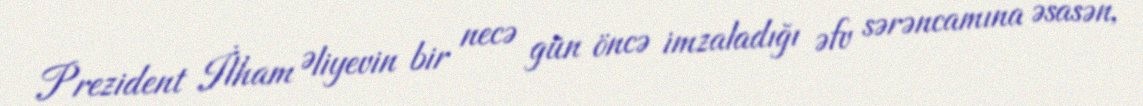
Prezident İlham Əliyevin bir necə gün öncə imzaladığı əfv sərəncamına əsasən,